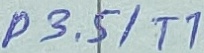
Text: P3.5/T1